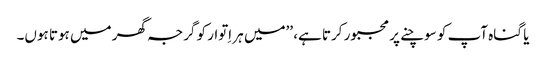
یا گناہ آپ کو سوچنے پر مجبور کرتا ہے، ’’میں ہر اِتوار کو گرجہ گھر میں ہوتا ہوں۔